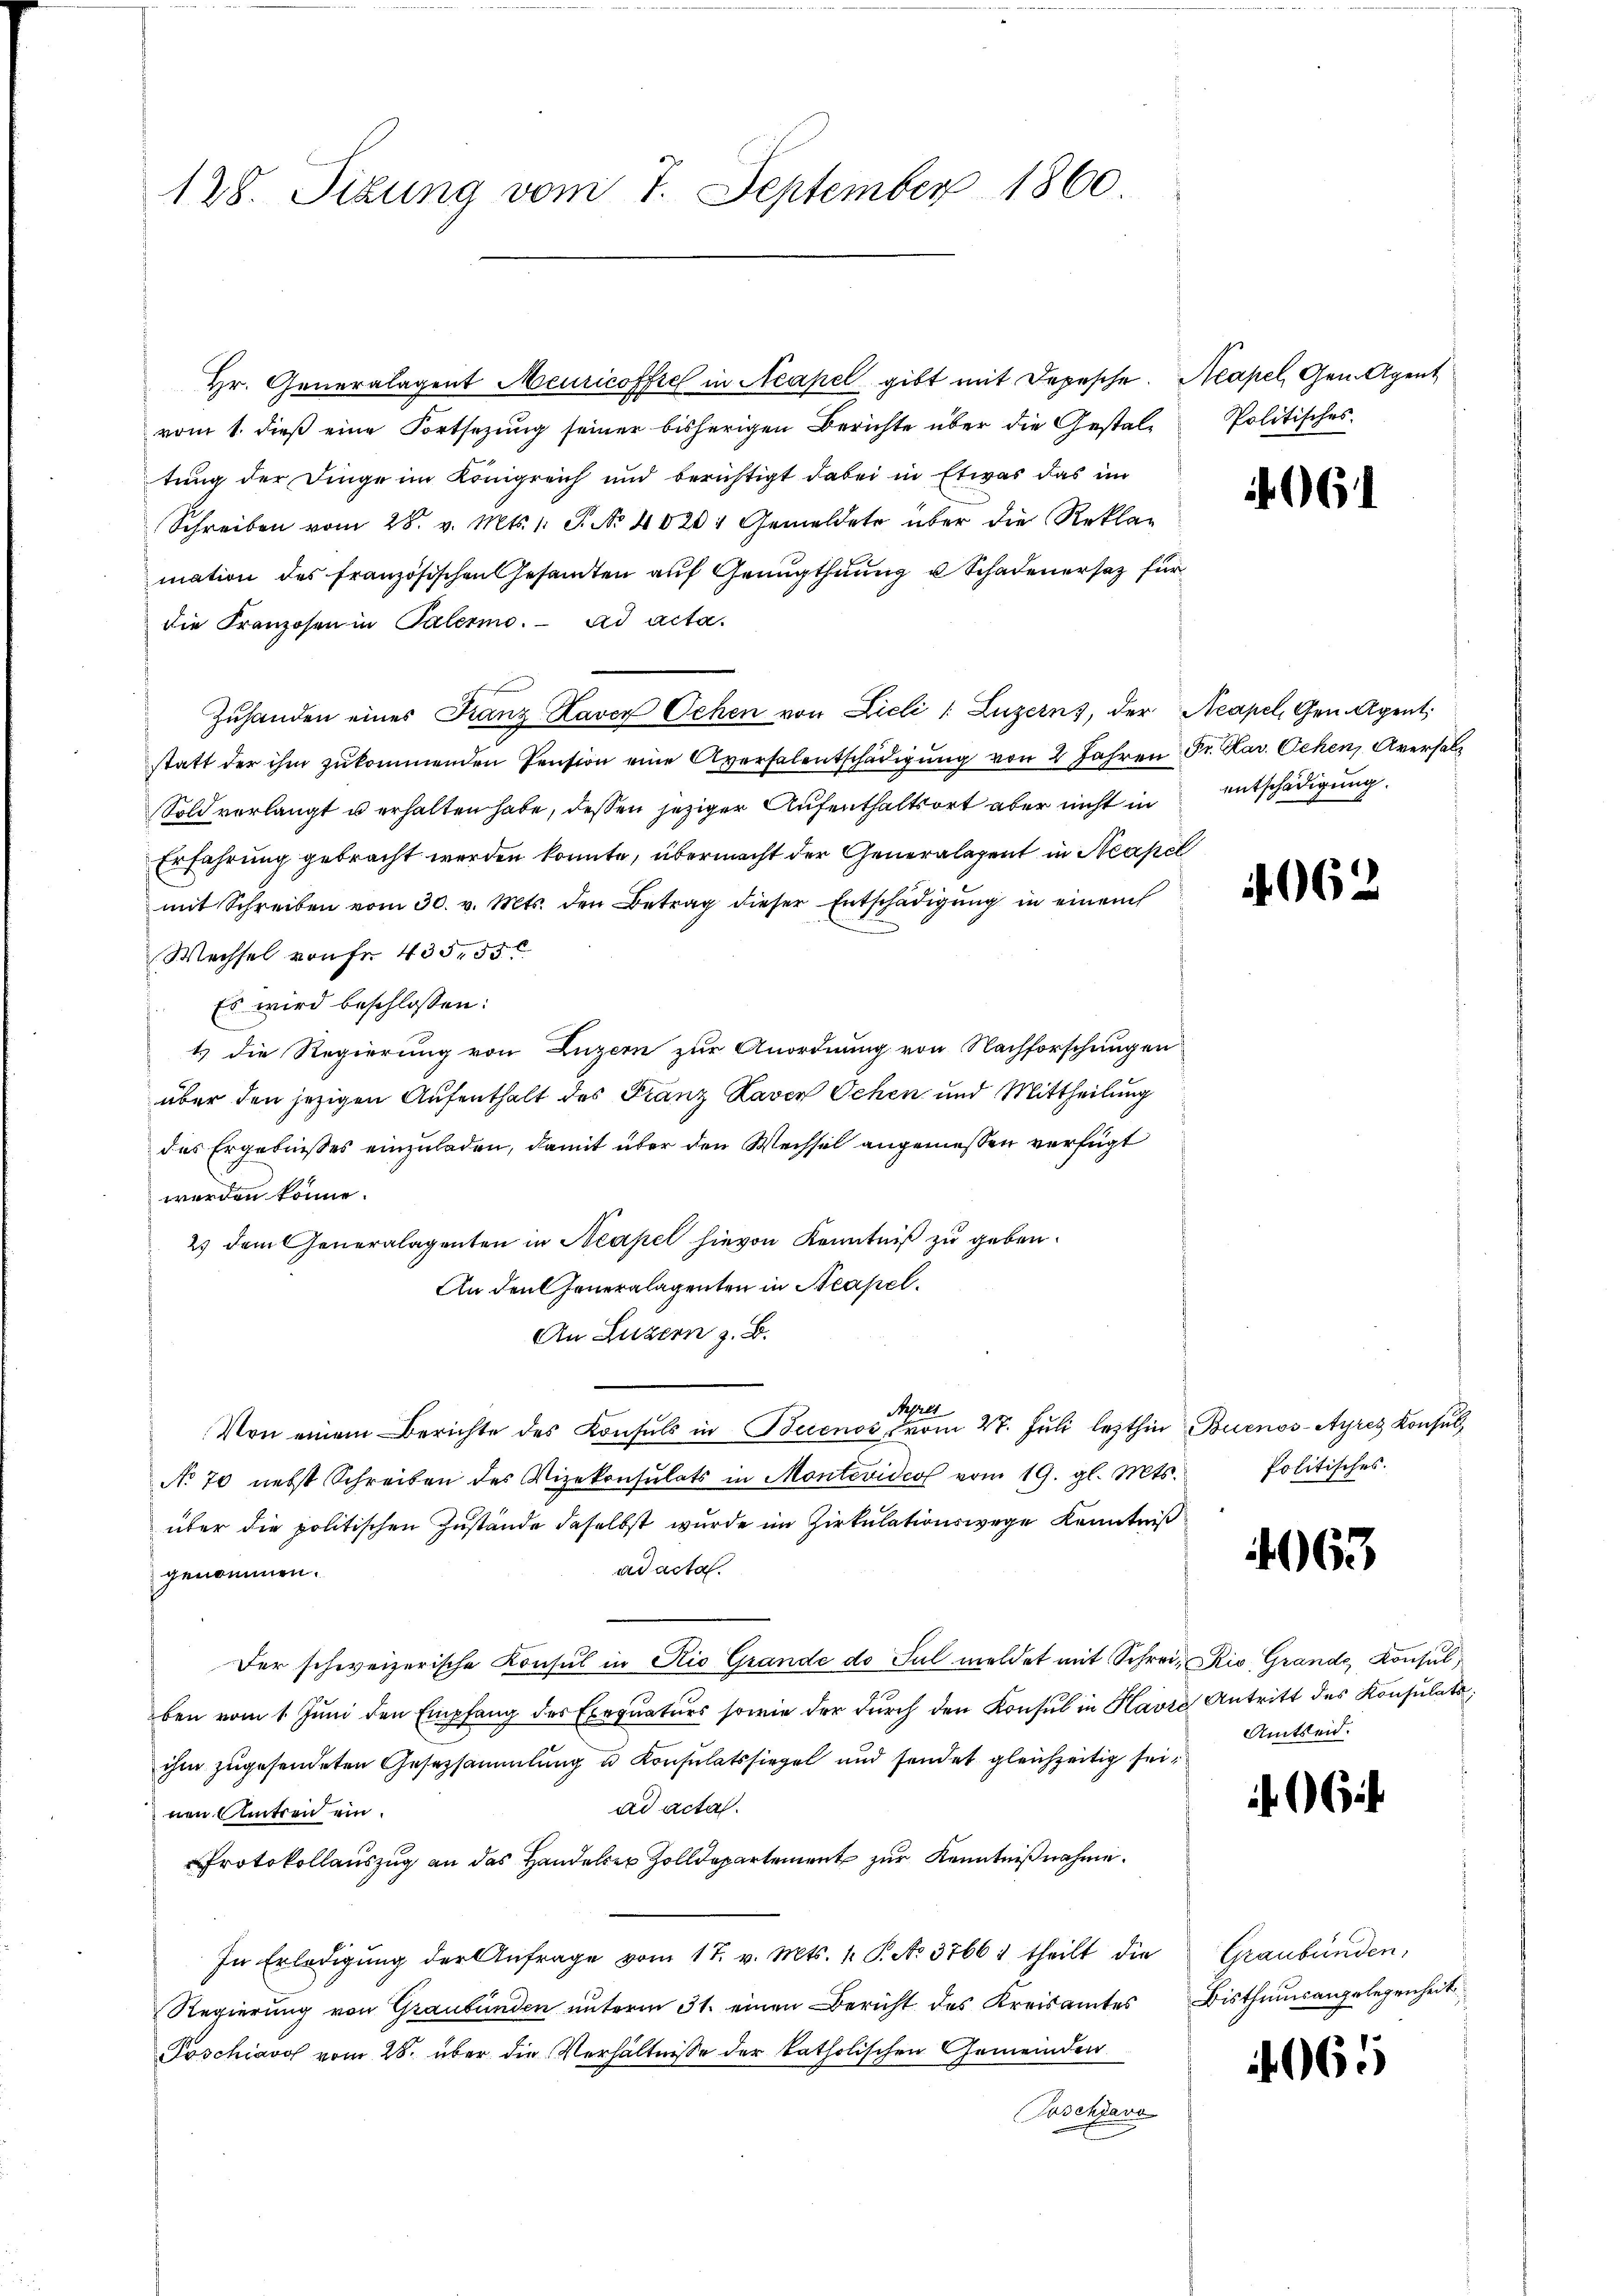
128. Sizung vom 7. September 1860.

Hr. Generalagent Meuricoffe in Neapel gibt mit Depesche. Neapel, Gen. Agent
vom 1. dieß eine Fortsetzung seiner bisherigen Berichte über die Gestaltung der Dinge im Königreich und berichtigt dabei in Etwas das im
Schreiben vom 28. v. Mts. 1. P. Nr. 4020 Gemeldete über die Reklag
mation des französischen Gesamten auf Genugthuung u Schadenersatz für
die Franzosen in Palermo. ad acta.
Zuhanden eines Franz Raver Oehen von Lieli l. Luzern), der Neapel, Gen. Agent
statt der ihm zŭkommenden Pension eine Aversalentschädigŭng von 2 Jahren Fr. Kar. Schen Aversalz
Sold verlangt u erhalten habe, dessen jeziger Aufenthaltsort aber nicht in entschädigung
Erfahrung gebracht werden konnte, übermacht der Generalagent in Neapel
mit Schreiben vom 30. v. Mts. den Betrag dieser Entschädigŭng in einem
Wechsel von Fr. 435, 55
 Es wird beschlossen:
1 die Regierung von Luzern zur Anordnung von Nachforschungen
über den jezigen Aufenthalt des Franz Raven Ochen und Mittheilung
des Ergebnisses einzuladen, damit über den Wechsel angemeßen verfügt
werden könne.
2) dem Generalagenten in Neapel hievon Kenntniß zu geben.
An den Generalagenten in Neapel.
An Luzern z. B.
Nepres
Von einem Berichte des Konsuls in Buenos vom 28. Juli lezthin Buenos-Ayres Konsul
No 70 nebst Schreiben des Vizekonsulats in Montevideo vom 19. gl. Mts.
über die politischen Zustände daselbst wurde im Zirkulationswege Kenntniß
ad acta.
genommen.
Der schweizerische Konsul in Rio Grande do Jul meldet mit Schrein Rio. Grande, Konsul
ben vom 1. Jŭni den Empfang des Exequaturs sowie der dŭrch den Konsul in Havre Antritt des Konsulats,
ihm zugesendeten Gesetzsammlung u Konsulatssiegel und sendet gleichzeitig sei,
ad acta.
nen Untren ein.
Protokollauszug an das Handeler Zolldepartement zur Kenntnißnahme.
In Erledigŭng der Anfrage vom 17. v. Mts. 1. P. No. 3766 1 theilt die
Regierung von Graubünden unterm 31. einen Bericht des Kreisamtes Bisthumsangelegenheit
Poschiavo vom 28. über die Verhältnisse der katholischen Gemeinden.
Poschiavo

Politisches.

¬

61

4062

Politisches.

4963

Amtseid.

6

Graubünden.

4065